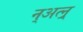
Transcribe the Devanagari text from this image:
न्अत्न्र्